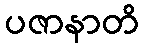
ပဇာနာတိ